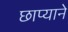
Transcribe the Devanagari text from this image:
छाप्याने